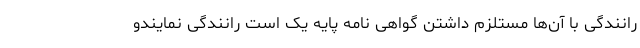
رانندگی با آن‌ها مستلزم داشتن گواهی نامه پایه یک است رانندگی نمایندو